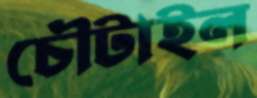
চৌটাইল